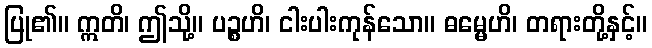
ပြု၏။ ဣတိ၊ ဤသို့။ ပဉ္စဟိ၊ ငါးပါးကုန်သော။ ဓမ္မေဟိ၊ တရားတို့နှင့်။